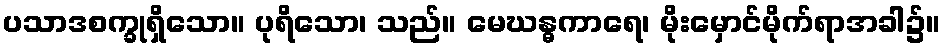
ပသာဒစက္ခုရှိသော။ ပုရိသော၊ သည်။ မေဃန္ဓကာရေ၊ မိုးမှောင်မိုက်ရာအခါ၌။